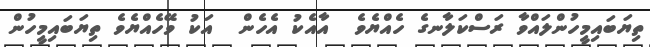
ތިޔަބައިމީހުންލައްވާ ރަސްކަލާނގެ ހެއްޔެވެ  އާއެކު އެހެން  އަކު ވޭހެއްޔެވެ ތިޔަބައިމީހުން